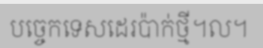
បច្ចេកទេសដេរប៉ាក់ថ្មី។ល។